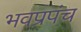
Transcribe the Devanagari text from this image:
भवप्रपंच